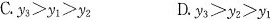
C.$$y_{3}>y_{1}>y_{2}$$ D.$$y_{3}>y_{2}>y_{1}$$